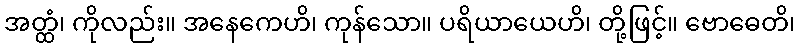
အတ္ထံ၊ ကိုလည်း။ အနေကေဟိ၊ ကုန်သော။ ပရိယာယေဟိ၊ တို့ဖြင့်။ ဗောဓေတိ၊